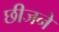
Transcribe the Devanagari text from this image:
छीजने